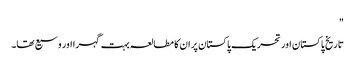
"
تاریخ پاکستان اور تحریک پاکستان پر ان کا مطالعہ بہت گہرا اور وسیع تھا۔